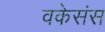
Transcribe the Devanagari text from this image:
वकेसंस